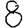
Digit: 8